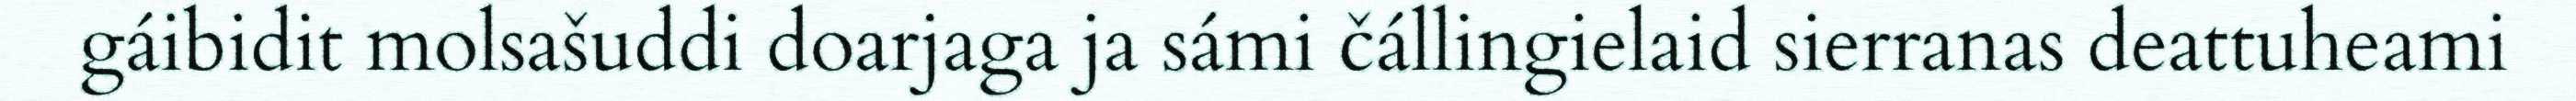
gáibidit molsašuddi doarjaga ja sámi čállingielaid sierranas deattuheami